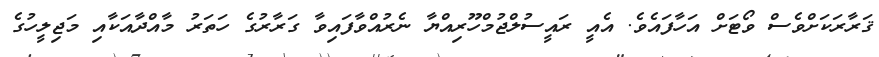
ޤަރާރަކަށްވެސް ވޯޓަށް އަހާފައެވެ. އެއީ ރައީސުލްޖުމްހޫރިއްޔާ ނެރުއްވާފައިވާ ގަރާރުގެ ހަތަރު މާއްދާއަކާއި މަޖިލީހުގެ